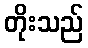
တိုးသည်